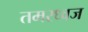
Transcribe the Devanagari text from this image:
तमरध्वज